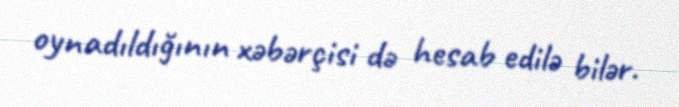
oynadıldığının xəbərçisi də hesab edilə bilər.